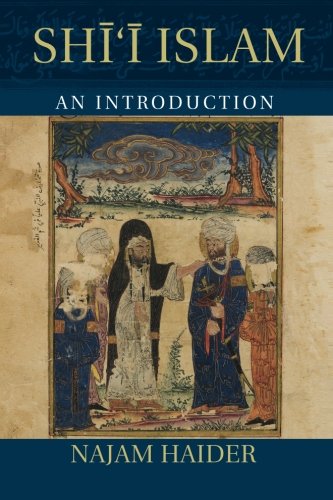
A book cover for Shi'i Islam: An Introduction (Introduction to Religion); Najam Haider; Religion & Spirituality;